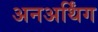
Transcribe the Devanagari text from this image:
अनअर्थिंग